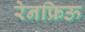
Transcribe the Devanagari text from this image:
रेनफ्रिऊ